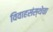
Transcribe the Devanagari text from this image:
विवाहसंस्थेचा